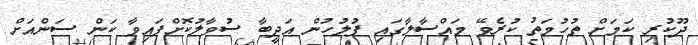
ދޫކުރި ކަމަށް ތުހުމަތު ކުރެވޭ މައްސާލާގައި ފުލުހުން އަދީބާ ސުވާލުކޮށްފައިވާ ކަން ސަންއަށް